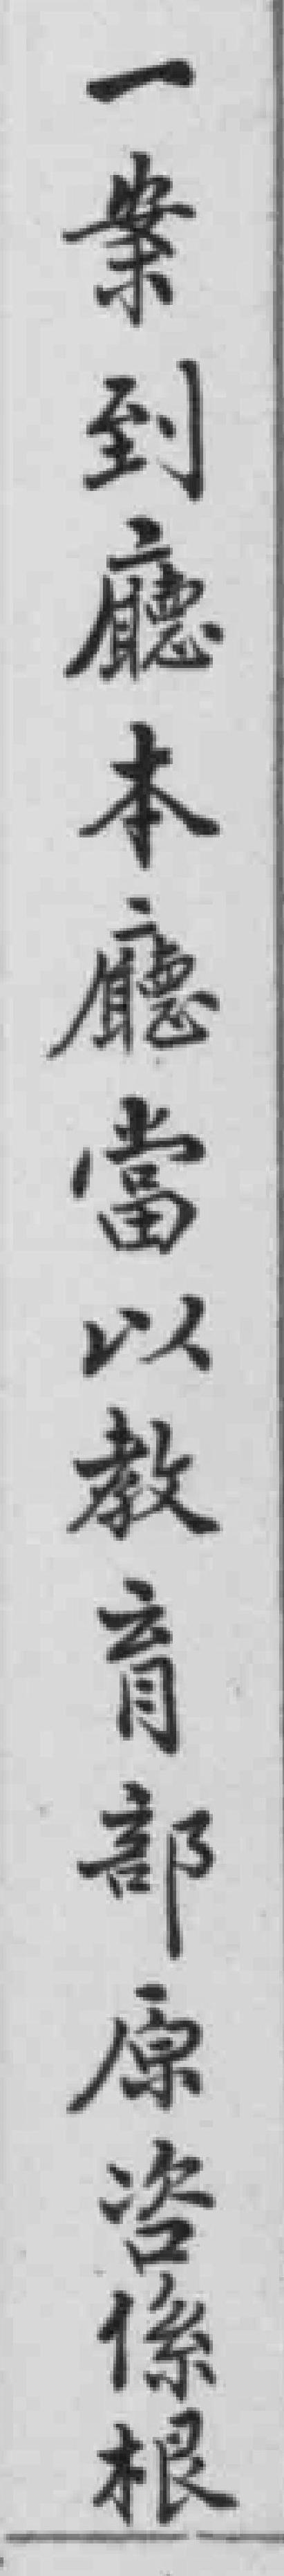
一業到廳本廳當以教育部原咨係根